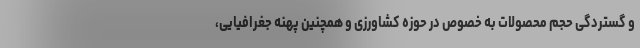
و گستردگی حجم محصولات به خصوص در حوزه کشاورزی و همچنین پهنه جغرافیایی،